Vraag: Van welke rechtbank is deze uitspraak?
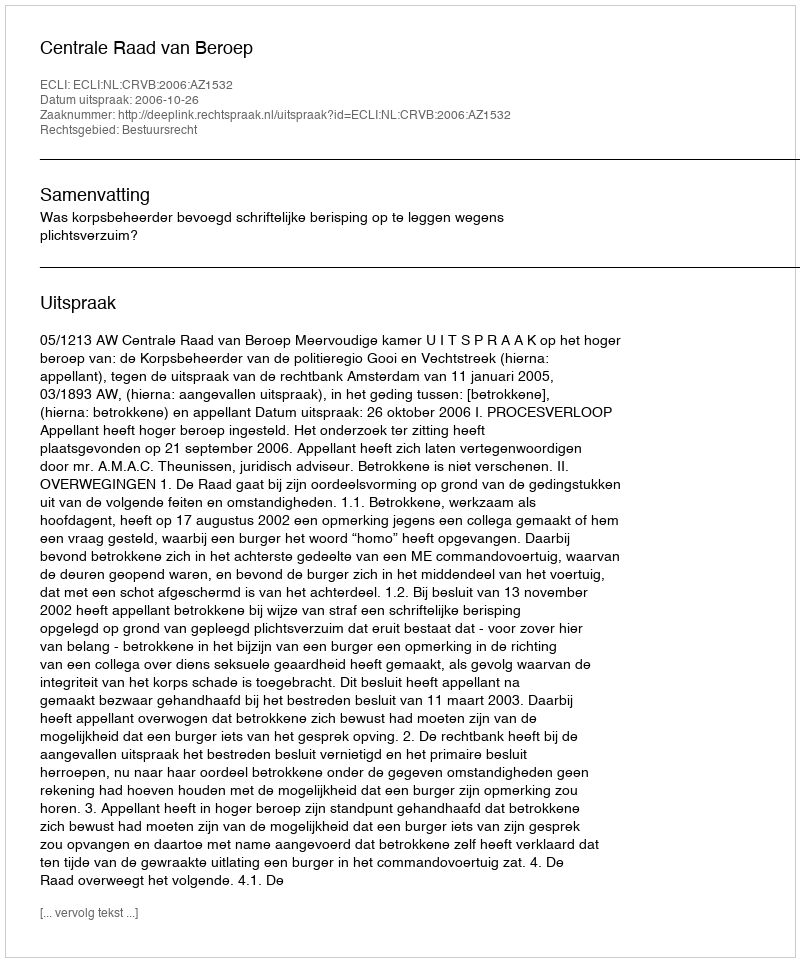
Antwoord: Centrale Raad van Beroep